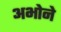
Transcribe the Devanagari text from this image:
अभोने